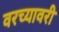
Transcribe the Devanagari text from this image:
वरच्यावरी